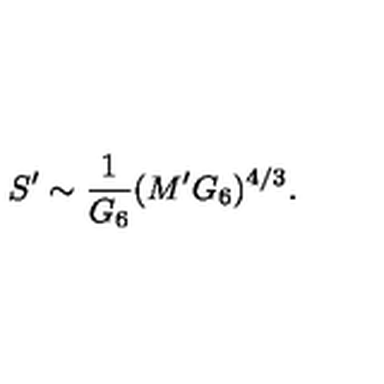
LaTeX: S ^ { \prime } \sim { \frac { 1 } { G _ { 6 } } } ( M ^ { \prime } G _ { 6 } ) ^ { 4 / 3 } .